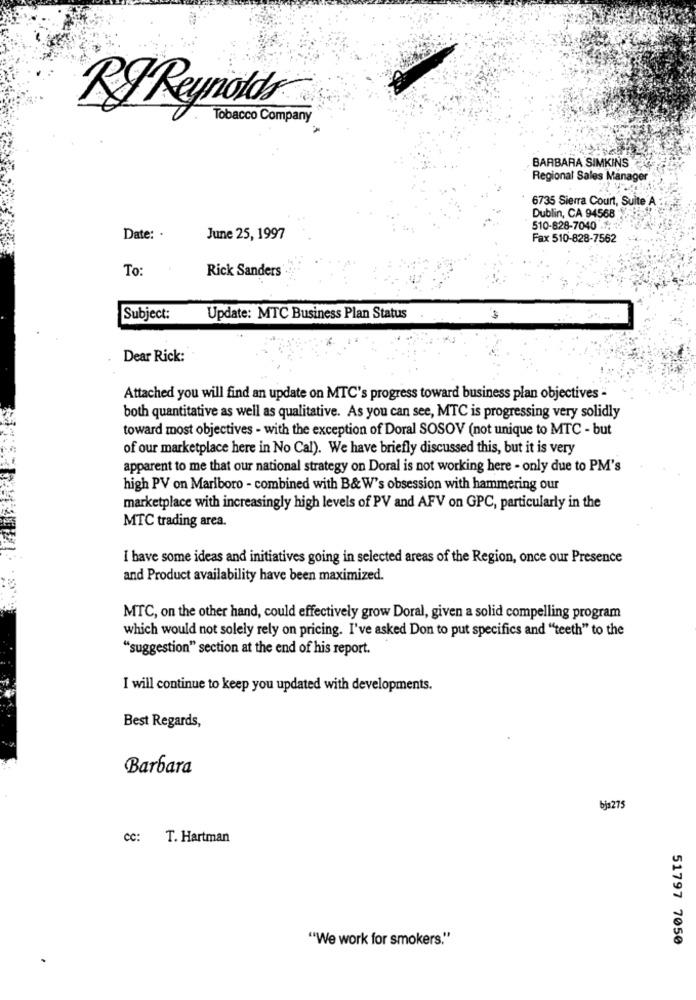
RyReynold®
Tobacco Company
BARBARA SIMKINS
Regional Sales Manager
6735 Sierra Court, Suite A
Dublin, CA 94568
510-828-7040 ..
Date: .
June 25, 1997
Fax 510-828-7562
To:
Rick Sanders
Subject:
Update: MTC Business Plan Status
Dear Rick:
Attached you will find an update on MTC's progress toward business plan objectives -
both quantitative as well as qualitative. As you can see, MTC is progressing very solidly
toward most objectives - with the exception of Doral SOSOV (not unique to MTC - but
of our marketplace here in No Cal). We have briefly discussed this, but it is very
apparent to me that our national strategy on Doral is not working here - only due to PM's
high PV on Marlboro - combined with B& W's obsession with hammering our
marketplace with increasingly high levels of PV and AFV on GPC, particularly in the
MTC trading area.
I have some ideas and initiatives going in selected areas of the Region, once our Presence
and Product availability have been maximized.
MTC, on the other hand, could effectively grow Doral, given a solid compelling program
which would not solely rely on pricing. I've asked Don to put specifics and "teeth" to the
"suggestion" section at the end of his report.
I will continue to keep you updated with developments.
Best Regards,
Barbara
bjs275
CC:
T. Hartman
"We work for smokers."
51797 7050